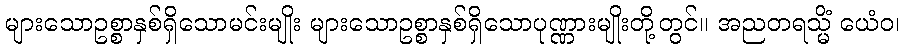
များသောဥစ္စာနှစ်ရှိသောမင်းမျိုး များသောဥစ္စာနှစ်ရှိသောပုဏ္ဏားမျိုးတို့တွင်။ အညတရသ္မိံ ယေံဝ၊